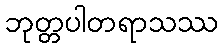
ဘုတ္တပါတရာသဿ